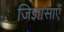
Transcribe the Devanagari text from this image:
जिज्ञासाएँ